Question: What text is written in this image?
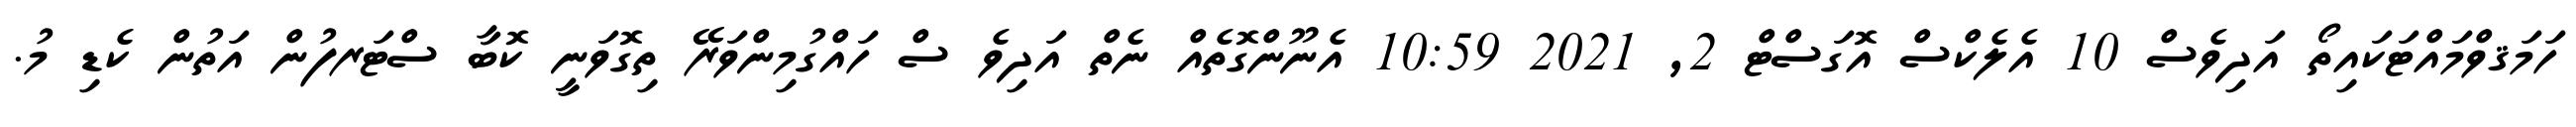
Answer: ހަމަޤވްމައްޓަކައިތޯ އަދިވެސް 10 އެލެކްސް އޮގަސްޓް 2, 2021 10:59 އެނޫންގޮތެއް ނެތް އަދިވެ ސް ހައްގުމިންވަރޭ ތިގޮވަނީ ކޮބާ ސްޓަރފުން އަތުން ކެޑި މު.